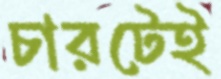
চারটেই